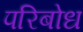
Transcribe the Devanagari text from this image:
परिबोध